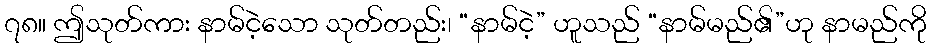
၇၈။ ဤသုတ်ကား နာမ်ငဲ့သော သုတ်တည်း၊ “နာမ်ငဲ့” ဟူသည် “နာမ်မည်၏”ဟု နာမည်ကို